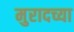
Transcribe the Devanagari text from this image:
मुरादच्या